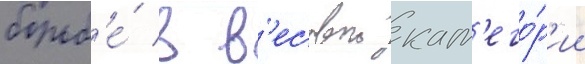
борьб'е́ в в'есовои кат'его́р'ии